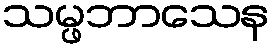
သမ္ဖဘာသေန